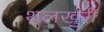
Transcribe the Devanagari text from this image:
थलखुरी